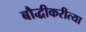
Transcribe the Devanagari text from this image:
बौद्धीकरीत्या